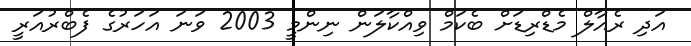
އަދި ރެއާލް މެޑްރިޑަށް ބެކަމް ވިއްކާލަން ނިންމީ 2003 ވަނަ އަހަރުގެ ފެބްރުއަރީ